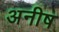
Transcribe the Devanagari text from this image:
अनीष